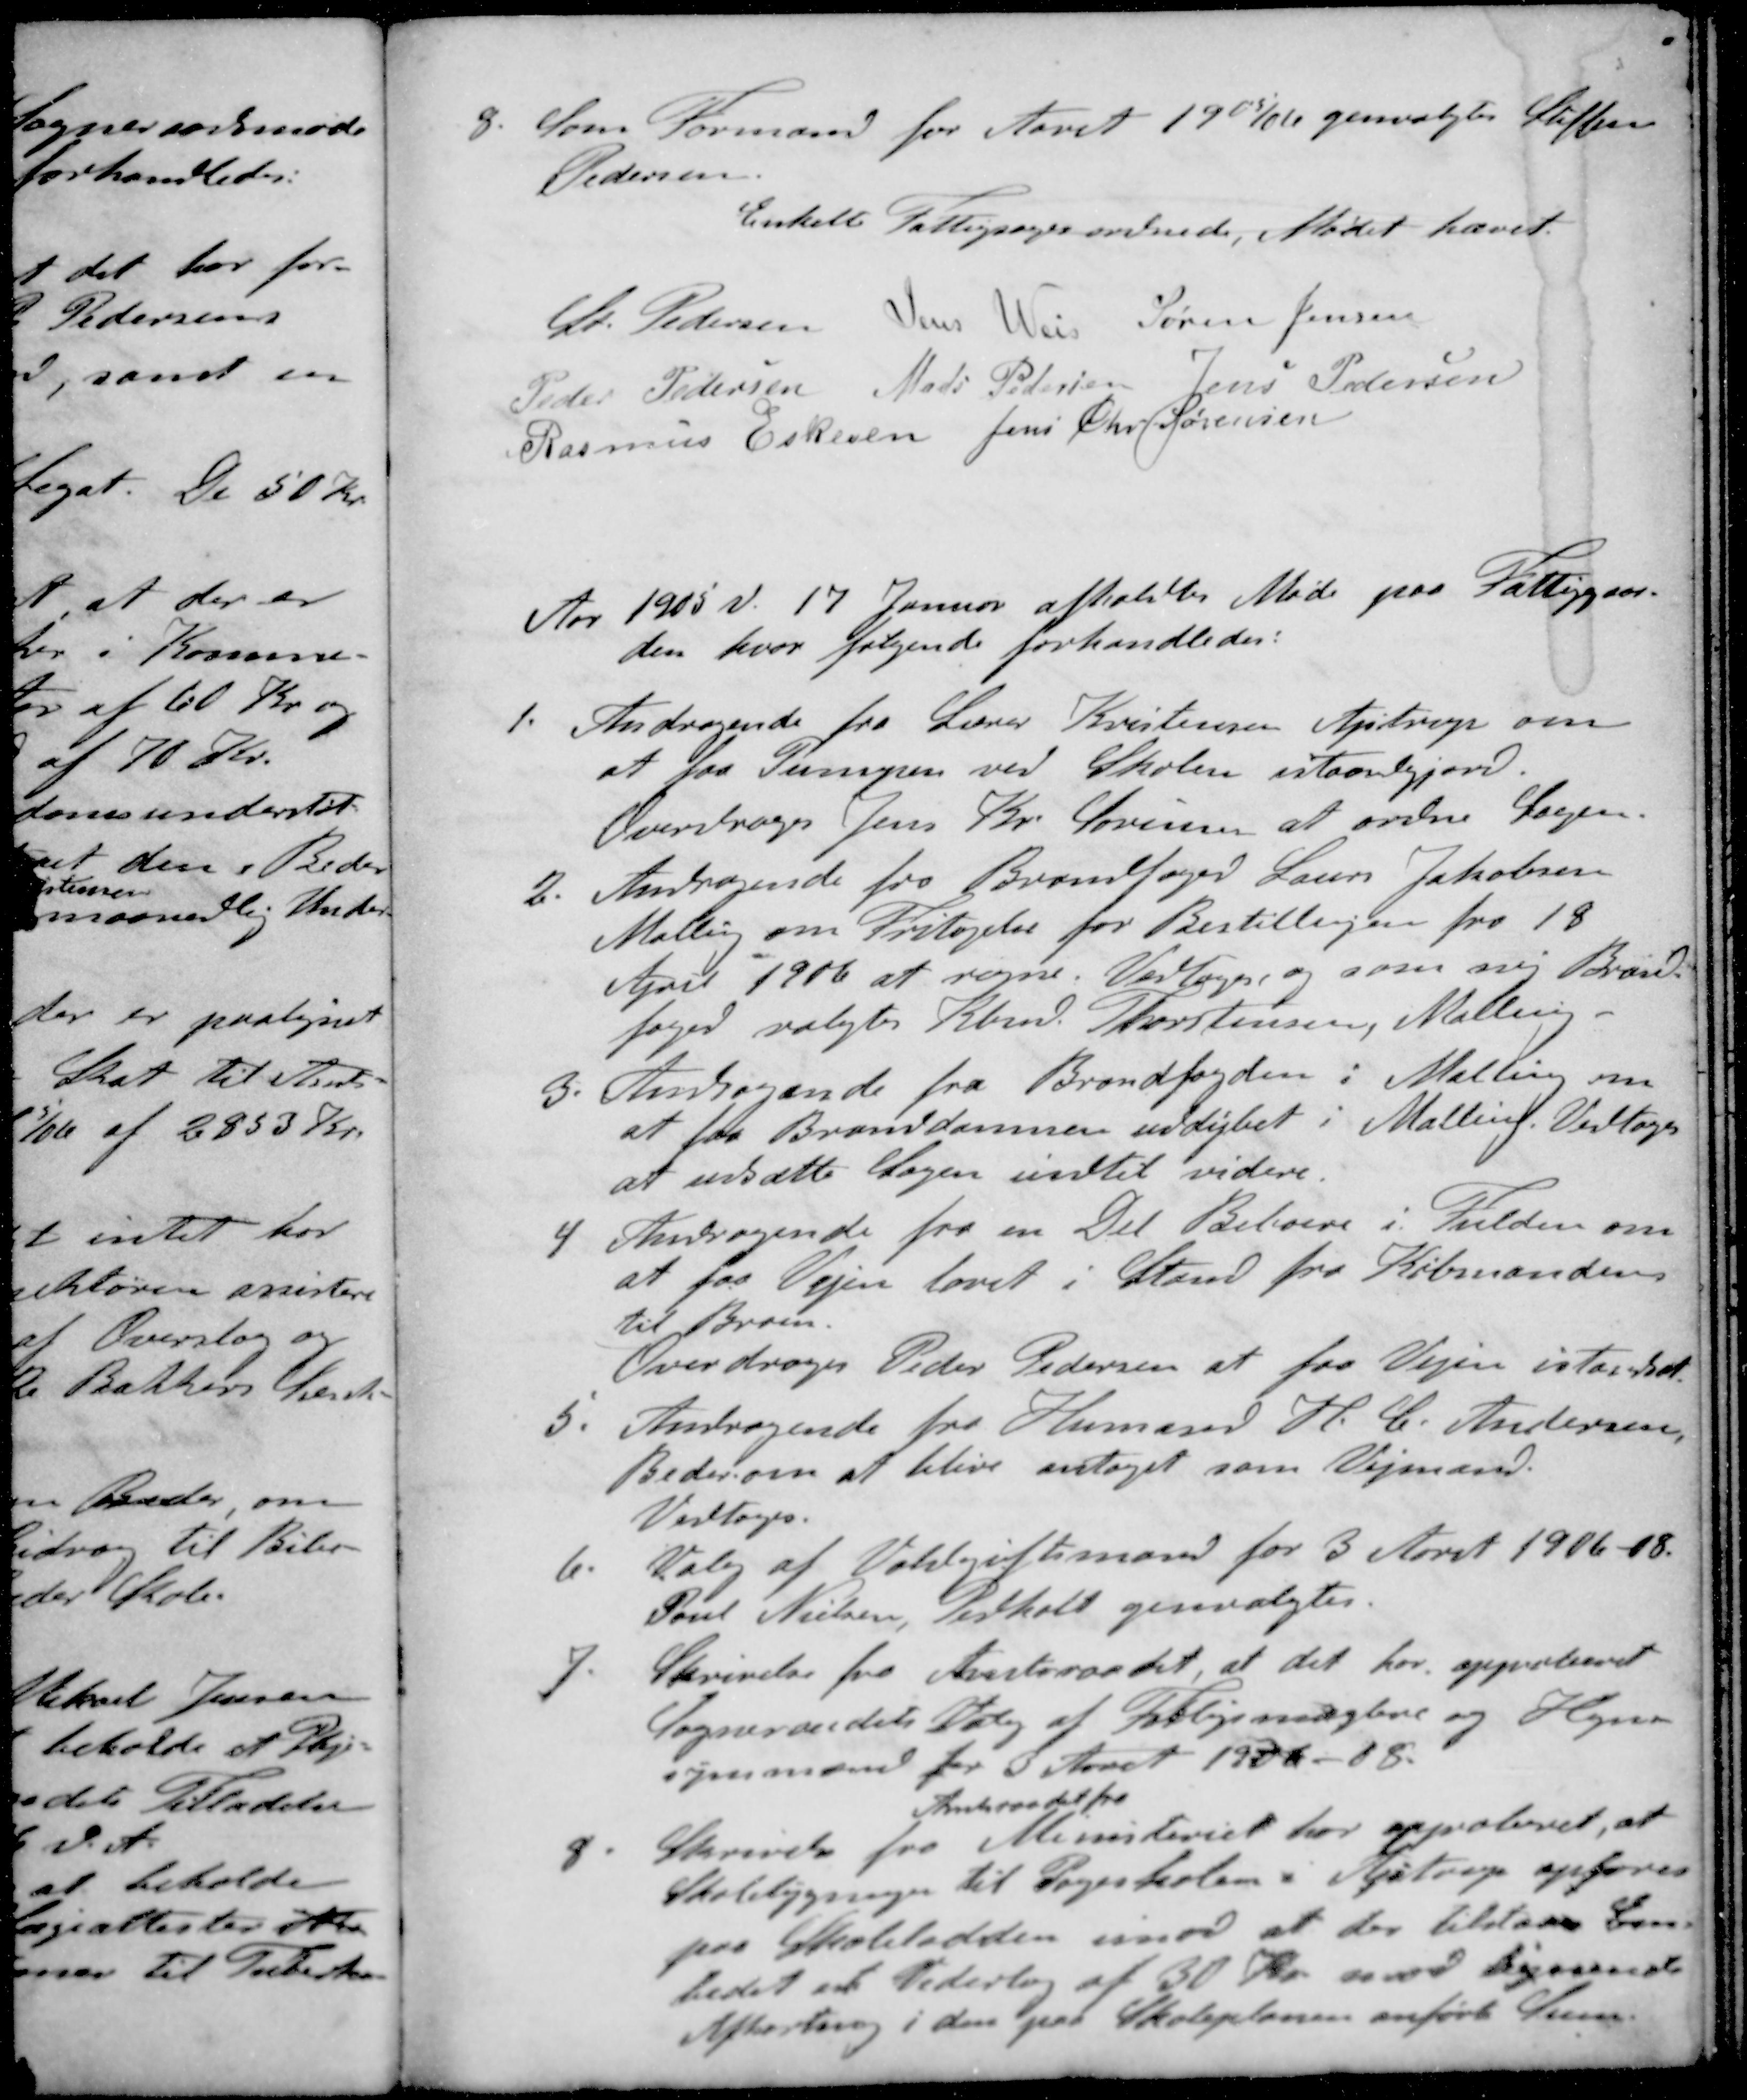
Transskription:
8. Som Formand for Aaret 1905/06 genvalgtes Steffen
Pedersen
Enkelte Fattigsager ordnede. Mødet hævet.
St Pedersen
Jens Weis
Søren Jensen
Peder Pedersen
Mads Pedersen
Jens Pedersen
Rasmus Eskeren
Jens Chr Sørensen
Aar 1905 d. 17 Januar afholdtes Møde paa Fattiggaar-
den hvor følgende forhandledes:
1. Andragende fra Lærer Kristensen Ajstrup om
at faa Passagen ved Skolen istandgjord.
Overdroges Jens Kr Sørensen at ordne Sagen.
2. Andragende fra Brandfoged Laurs Jakobsen
Malling om Fritagelse for Bestillingen fra 18
April 1906 at regne. Vedtoges og som ny Brand-
foged valgtes Kbmd. Thorstensen, Malling
3. Andragende fra Brandfogden i Malling om
at faa Branddammen uddybet i Malling. Vedtoges
at udsætte Sagen indtil videre.
4. Andragende fra en Del Beboere i Fulden om
at paa Vejen lavet i Stand fra Købmanden
til Broen
Overdroges Peder Pedersen at faa Vejen istandsat
5. Andragende fra Husmand H. C. Andersen
Beder om at blive antaget som Vejmand.
Vedtoges.
6. Valg af Voldgiftsmand for 3 Aaret 1906-08.
Poul Nielsen, Pedholt genvalgtes.
7. Skrivelse fra Amtsraadet, at det har approberet
Sogneraadets Valg af Forligsmæglere og Hegn-
synsmænd for 3 Aaret 1906 - 08.
Amtsraadet fra
 Skrivelse fra Ministeriet har approberet, at
Skolebygningen til Pogeskolen i Ajstrup opføres
paa Skolelodden imod at der tilstaaes Em-
bedet et Vederlag af 30 Kr. med lignende
Afkortning i den paa Skoleplanen anførte Sum